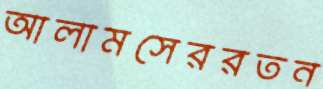
আলামসেররতন